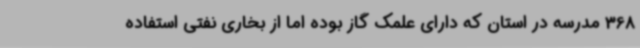
368 مدرسه در استان که دارای علمک گاز بوده اما از بخاری نفتی استفاده